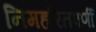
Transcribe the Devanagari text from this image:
निमहरितपर्णी